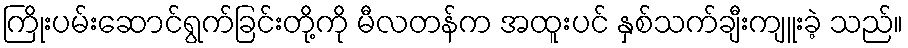
ကြိုးပမ်းဆောင်ရွက်ခြင်းတို့ကို မီလတန်က အထူးပင် နှစ်သက်ချီးကျူးခဲ့ သည်။